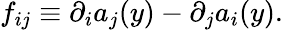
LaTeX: f_{ij}\equiv\partial_{i}a_{j}(y)-\partial_{j}a_{i}(y).